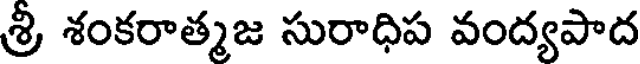
శ్రీ శంకరాత్మజ సురాధిప వంద్యపాద